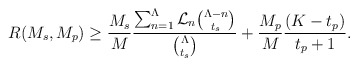
\begin{align*}R(M_s,M_p) \geq \frac{M_s}{M}\frac{\sum_{n=1}^{\Lambda}\mathcal{L}_n\binom{\Lambda-n}{t_s}}{\binom{\Lambda}{t_s}} +\frac{M_p}{M}\frac{(K-t_p) }{t_p+1}. \end{align*}